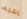
إشارة